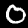
Digit: 0